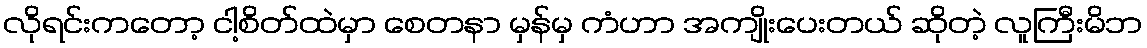
လိုရင်းကတော့ ငါ့စိတ်ထဲမှာ စေတနာ မှန်မှ ကံဟာ အကျိုးပေးတယ် ဆိုတဲ့ လူကြီးမိဘ